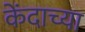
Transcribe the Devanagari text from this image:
केंदाच्या